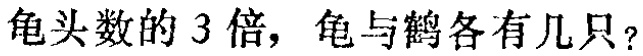
龟头数的 3 倍，龟与鹤各有几只？